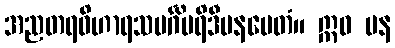
အညတရဝိဟာရသမင်္ဂိပရိဒီပနမေတံ။ ဣဓ ပန